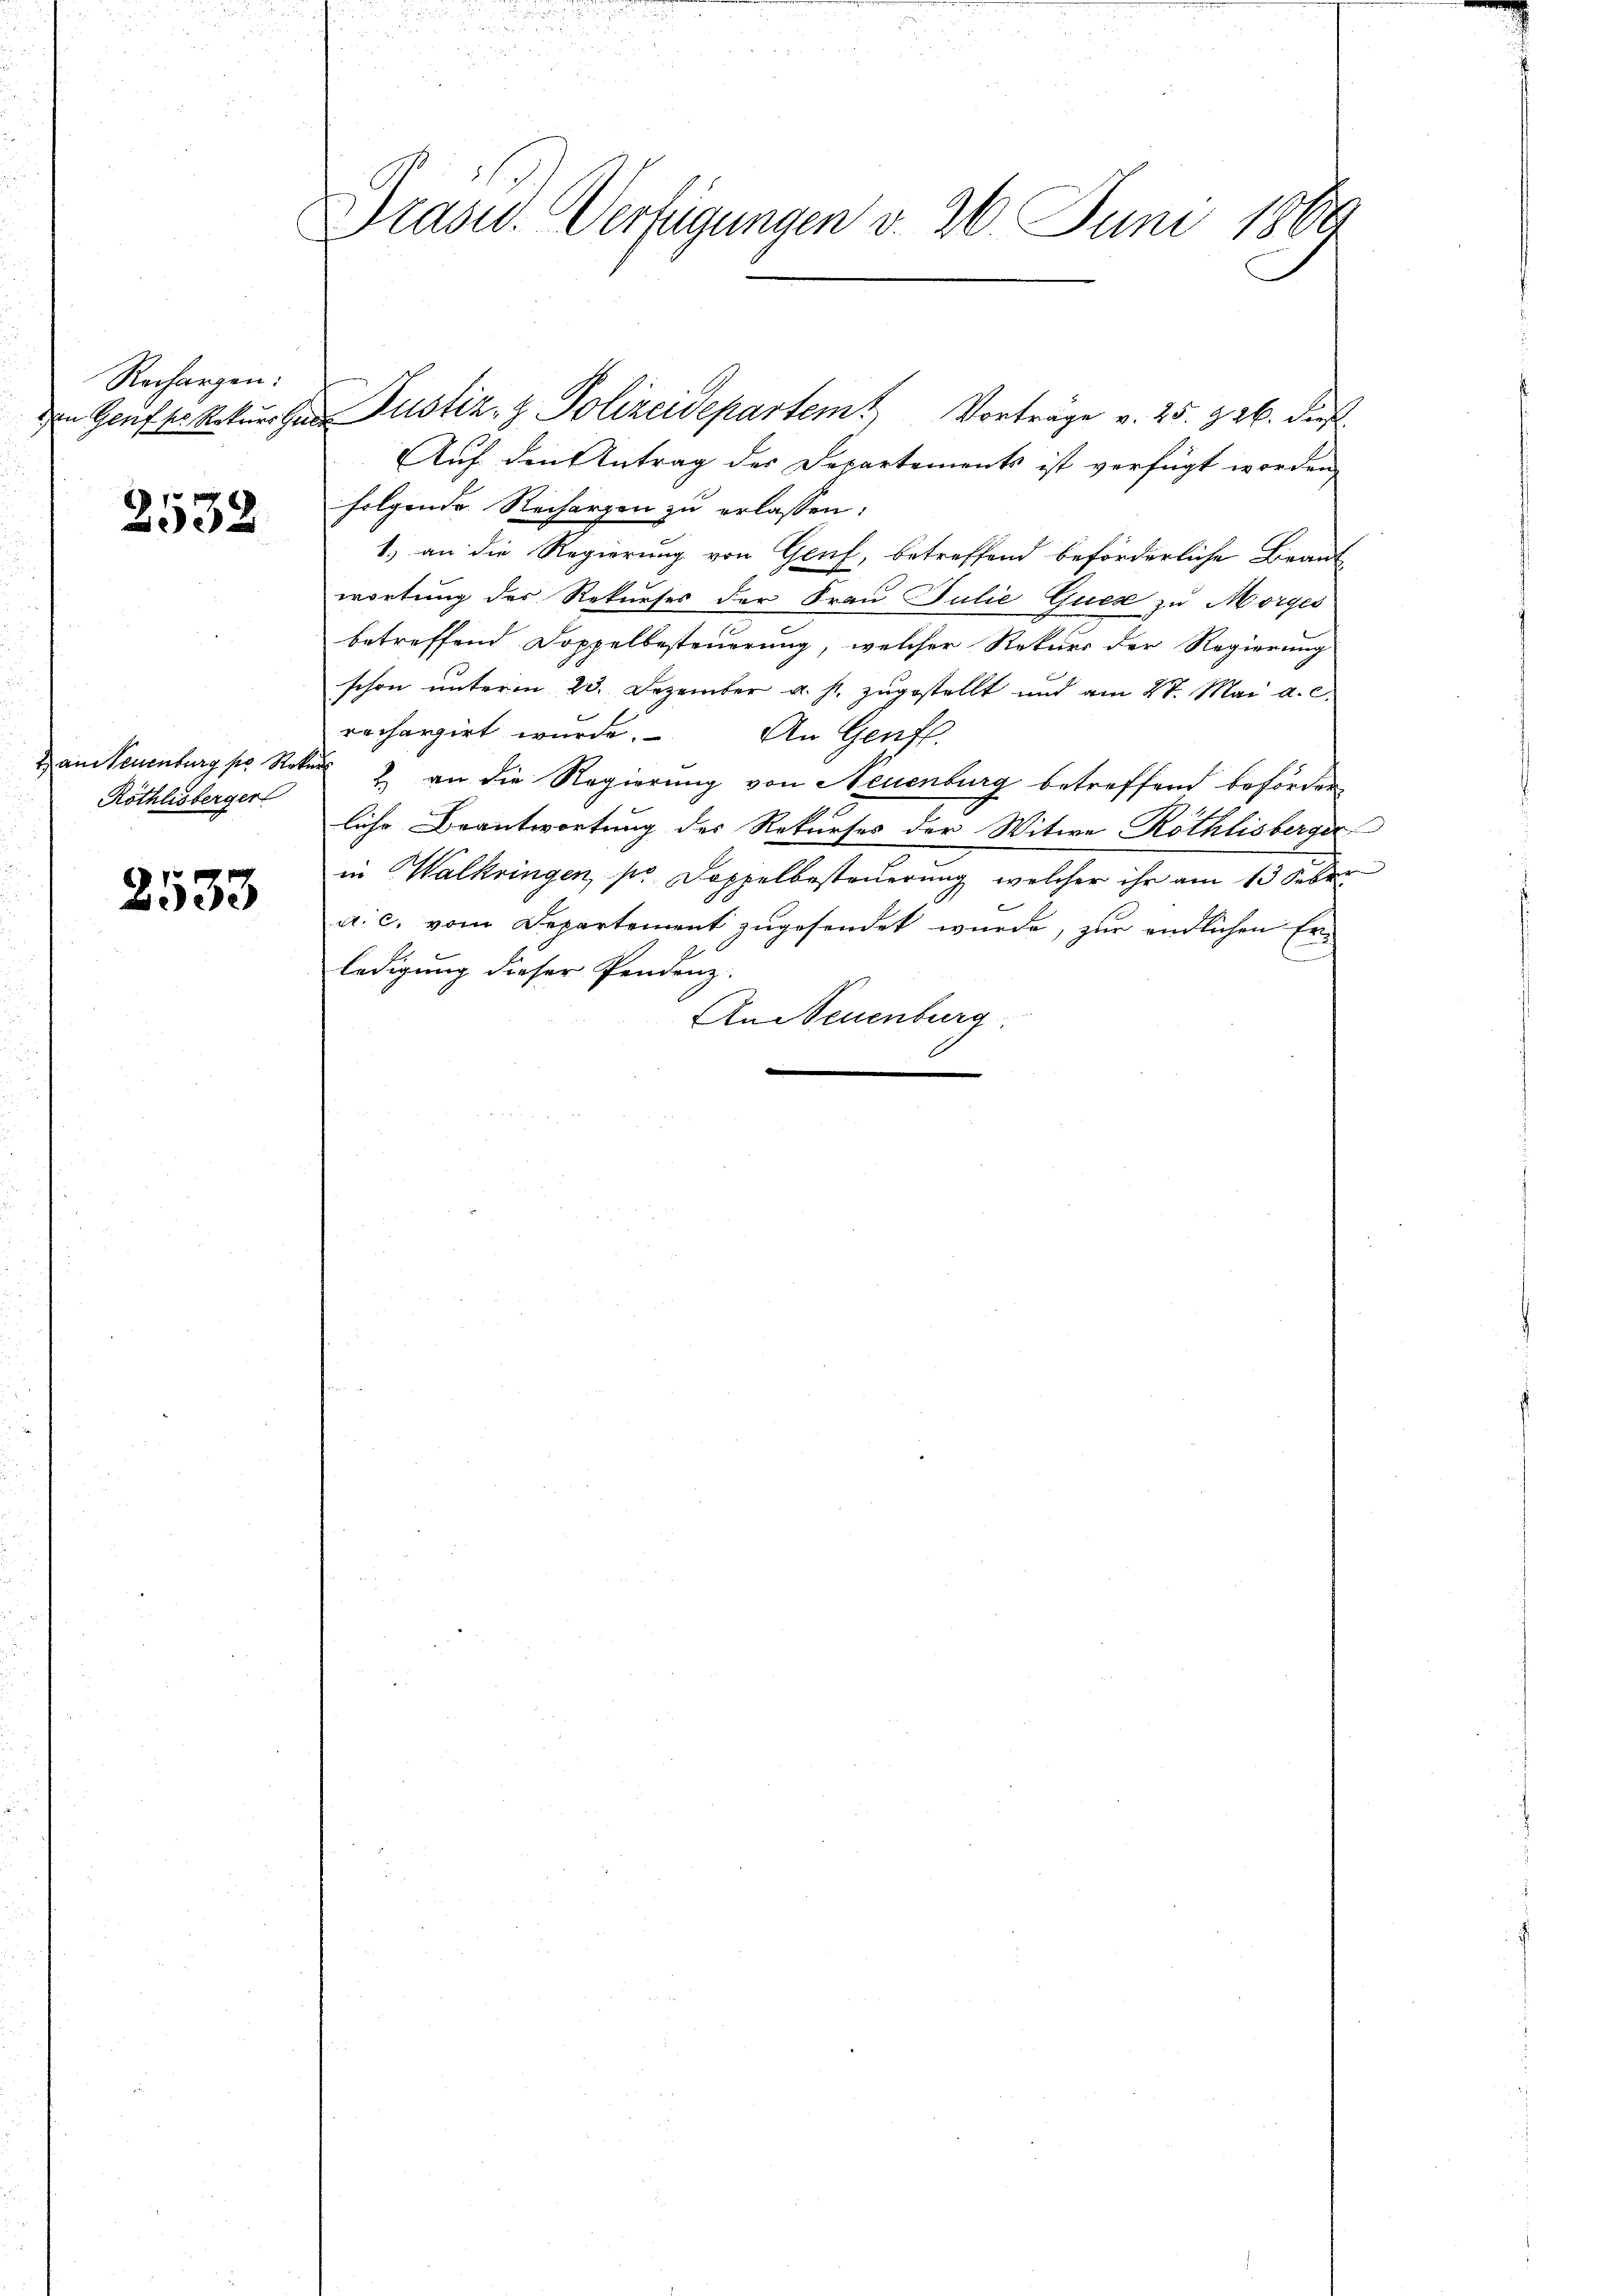
Rechargen:

2532

2 an Neuenburg pr Rekur
Röthlisberger

2533

Drasw. Verfügungen v. 26. Juni 1860

Auf den Antrag des Departements ist verfügt worden,
folgende Rechargen zu erlassen,
1.) an die Regierung von Genf, betreffend beförderliche Beant-
wortung des Rekurses der Frau Julie Quese zu Morges
betreffend Doppelbesteuerung, welcher Rekurs der Regierung
schon unterm 23. Dezember u. s. zugestellt und am 27. Mai a. c.
rechargirt wurde. An Genf.
2 an die Regierung von Neuenburg betreffend beförderliche Beantwortung des Rekurses der Witwe Röthlisberger
in Walkringen, so Doppelbesteuerung, welcher ihr am 13 Febr.
a. c. vom Departement zugesendet wurde, zur endlichen Er-
ledigung dieser Pendenz.
An Neuenburg,

Ien Greifter Rekurren Justiz- & Polizeidepartem Vorträge v. 25. d. 26. dies